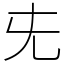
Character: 兂